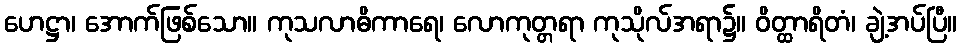
ဟေဋ္ဌာ၊ အောက်ဖြစ်သော။ ကုသလာဓိကာရေ၊ လောကုတ္တရာ ကုသိုလ်အရာ၌။ ဝိတ္ထာရိတံ၊ ချဲ့အပ်ပြီ။